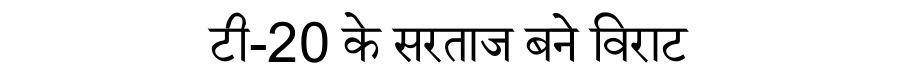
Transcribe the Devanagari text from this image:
टी-20 के सरताज बने विराट